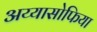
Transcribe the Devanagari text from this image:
अय्यासोफिया